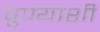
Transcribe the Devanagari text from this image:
पुण्याशी